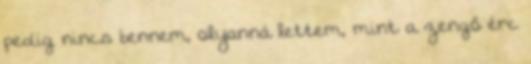
pedig nincs bennem, olyanná lettem, mint a zengő érc